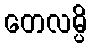
တေလမ္ပိ